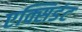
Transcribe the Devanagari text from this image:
एक्सिडंट